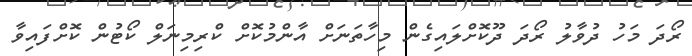
ރޯދަ މަހު ދުވާލު ރޯދަ ދޫކޮށްލައިގެން މިހާތަނަށް އާންމުކޮށް ކްރިމިނަލް ކޯޓުން ކޮށްފައިވާ